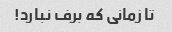
تا زمانی که برف نبارد!